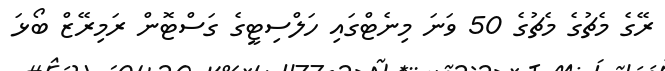
ރޭގެ މެޗުގެ މެޗުގެ 50 ވަނަ މިނެޓްގައި ހަލްސިޓީގެ ގަސްޓޮން ރަމިރޭޒް ބޯޅަ